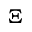
\Xi